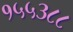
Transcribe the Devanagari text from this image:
१५५३८८